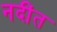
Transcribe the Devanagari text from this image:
नदींत